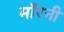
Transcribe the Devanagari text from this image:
माँरनी